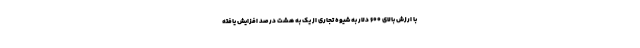
با ارزش بالای ۶۰۰ دلار به شیوه تجاری از یک به هشت درصد افزایش یافته